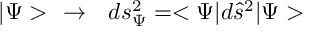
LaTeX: | \Psi > \ \ \rightarrow \ \ d s _ { \Psi } ^ { 2 } = < \Psi | d \hat { s } ^ { 2 } | \Psi >